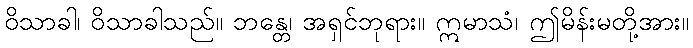
ဝိသာခါ၊ ဝိသာခါသည်။ ဘန္တေ၊ အရှင်ဘုရား။ ဣမာသံ၊ ဤမိန်းမတို့အား။